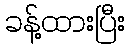
ခန့်ထားပြီး